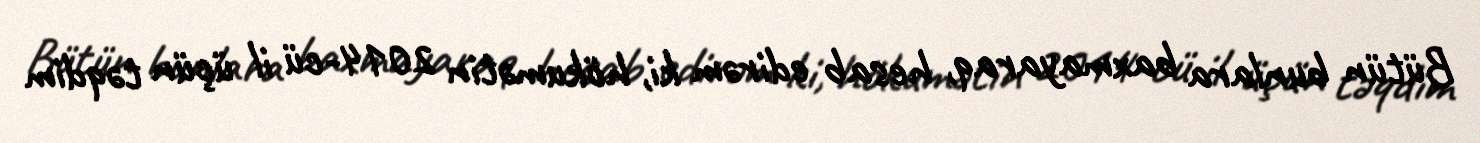
Bütün bunlara baxmayaraq, hesab edirəm ki, hökumətin 2014-cü il üçün təqdim